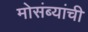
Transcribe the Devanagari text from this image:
मोसंब्यांची